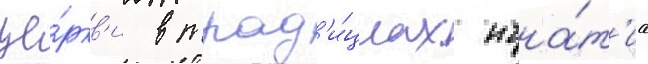
це́ркв'и в трад'и́циах игна́т'иа